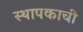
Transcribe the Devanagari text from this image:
स्थापकाची